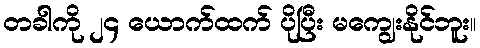
တခါကို ၂၄ ယောက်ထက် ပိုပြီး မကျွေးနိုင်ဘူး။